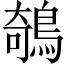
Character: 鵸